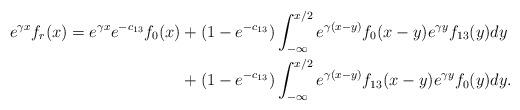
LaTeX: \begin{align*} e^{\gamma x}f_r(x) = e^{\gamma x} e^{-c_{13}} f_0(x) &+ (1-e^{-c_{13}}) \int_{-\infty}^{x/2} e^{\gamma(x-y)} f_0(x-y)e^{\gamma y}f_{13}(y)dy \\&+(1-e^{-c_{13}}) \int_{-\infty}^{x/2} e^{\gamma(x-y)} f_{13}(x-y)e^{\gamma y}f_0(y)dy. \end{align*}